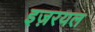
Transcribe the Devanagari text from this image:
इज़रयल